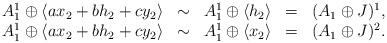
LaTeX: \begin{align*}\begin{array}{lllllll}A^1_1 \oplus \langle a x_2+bh_2+cy_2\rangle &\sim& A^1_1 \oplus \langle h_2\rangle&=&(A_1 \oplus J)^1, ~\\A^1_1 \oplus \langle a x_2+bh_2+cy_2\rangle &\sim& A^1_1 \oplus \langle x_2\rangle&=&(A_1 \oplus J)^2.\end{array}\end{align*}